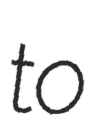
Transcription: to